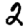
Digit: 2